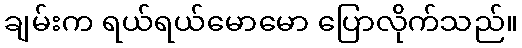
ချမ်းက ရယ်ရယ်မောမော ပြောလိုက်သည်။